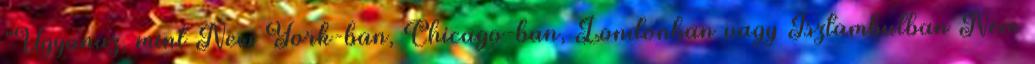
"Ugyanaz, mint New York-ban, Chicago-ban, Londonban vagy Isztambulban Nem